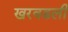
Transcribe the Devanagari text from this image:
खरवडली